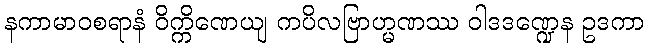
နကာမာဝစရာနံ ဝိက္ကိဏေယျ ကပိလဗြာဟ္မဏဿ ဝါဒဒဏ္ဍေန ဥဒကာ